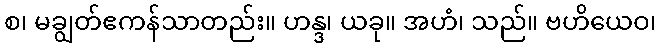
စ၊ မချွတ်ဧကန်သာတည်း။ ဟန္ဒ၊ ယခု။ အဟံ၊ သည်။ ဗဟိယေဝ၊